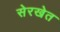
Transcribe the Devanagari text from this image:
सेरखेत